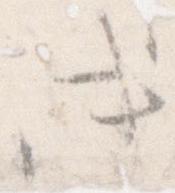
き